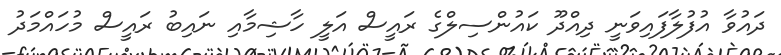
ދައުވާ އުފުލާފައިވަނީ ދިއްދޫ ކައުންސިލްގެ ރައީސް އަލީ ހާޝިމާއި ނައިބު ރައީސް މުހައްމަދު